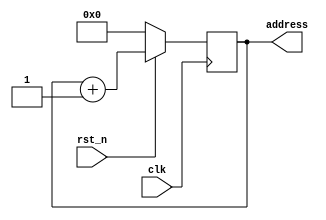
module rom_read
(
	input clk,
	input rst_n,
	output [7:0] address
);

reg [7:0] address_reg;
assign address=address_reg;

always@(posedge clk)
if(!rst_n)
	address_reg<=8'd0;
else
	address_reg<=address_reg+1'b1;


endmodule